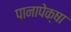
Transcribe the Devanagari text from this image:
पानापेक्षा